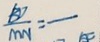
\frac { B D } { M N } = -